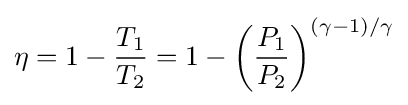
\eta =1-{\frac {T_{1}}{T_{2}}}=1-\left({\frac {P_{1}}{P_{2}}}\right)^{(\gamma -1)/\gamma }